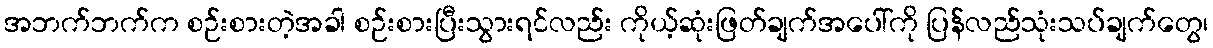
အဘက်ဘက်က စဉ်းစားတဲ့အခါ စဉ်းစားပြီးသွားရင်လည်း ကိုယ့်ဆုံးဖြတ်ချက်အပေါ်ကို ပြန်လည်သုံးသပ်ချက်တွေ၊